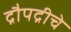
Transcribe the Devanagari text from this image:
द्रौपद्रीचे